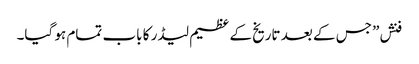
فنش” جس کے بعد تاریخ کے عظیم لیڈر کا باب تمام ہو گیا۔